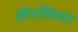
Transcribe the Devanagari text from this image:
वीरस्त्रिया